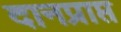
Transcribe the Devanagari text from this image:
दानप्राप्त